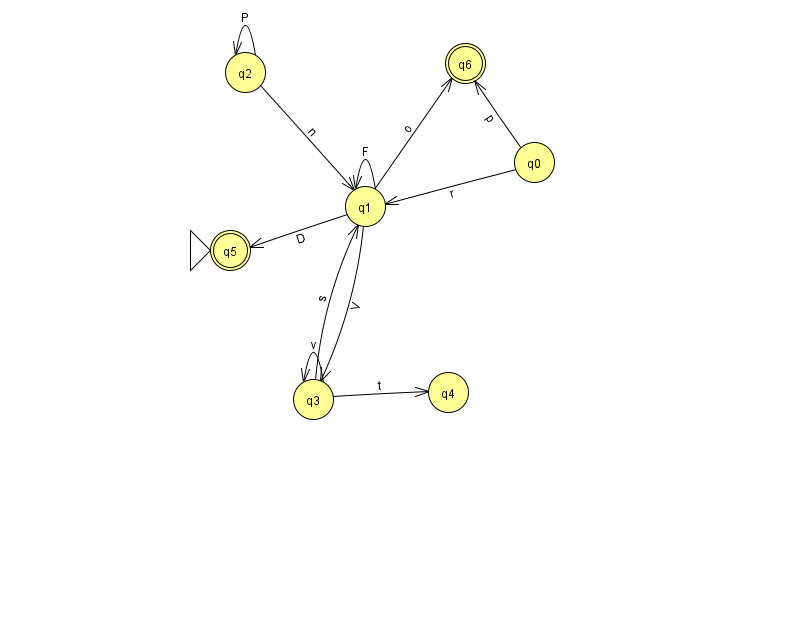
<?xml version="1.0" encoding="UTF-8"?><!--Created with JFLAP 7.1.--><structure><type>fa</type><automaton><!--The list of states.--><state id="0" name="q0"><x>534.0</x><y>149.0</y></state><state id="1" name="q1"><x>365.0</x><y>193.0</y></state><state id="2" name="q2"><x>245.0</x><y>59.0</y></state><state id="3" name="q3"><x>313.0</x><y>386.0</y></state><state id="4" name="q4"><x>448.0</x><y>379.0</y></state><state id="5" name="q5"><x>230.0</x><y>237.0</y><initial/><final/></state><state id="6" name="q6"><x>465.0</x><y>50.0</y><final/></state><!--The list of transitions.--><transition><from>2</from><to>2</to><read>P</read></transition><transition><from>0</from><to>6</to><read>p</read></transition><transition><from>1</from><to>5</to><read>D</read></transition><transition><from>2</from><to>1</to><read>n</read></transition><transition><from>0</from><to>1</to><read>r</read></transition><transition><from>1</from><to>1</to><read>F</read></transition><transition><from>3</from><to>3</to><read>v</read></transition><transition><from>1</from><to>3</to><read>V</read></transition><transition><from>1</from><to>6</to><read>o</read></transition><transition><from>3</from><to>1</to><read>s</read></transition><transition><from>3</from><to>4</to><read>t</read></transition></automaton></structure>